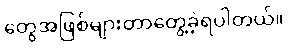
တွေအဖြစ်များတာတွေ့ခဲ့ရပါတယ်။